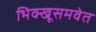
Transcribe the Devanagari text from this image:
भिक्खूसमवेत